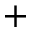
^ { + }